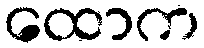
ထောက